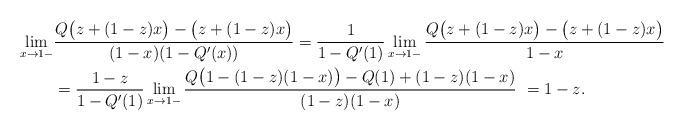
LaTeX: \begin{align*}\lim\limits_{x \rightarrow 1-}&{Q\big(z+(1-z)x\big)-\big(z+(1-z)x\big) \over (1-x)(1-Q'(x))} ={1 \over 1-Q'(1)} \lim\limits_{x \rightarrow 1-}{Q\big(z+(1-z)x\big)-\big(z+(1-z)x\big) \over 1-x} \\&={1-z \over 1-Q'(1)} \lim\limits_{x \rightarrow 1-}{Q\big(1-(1-z)(1-x)\big)-Q(1)+(1-z)(1-x) \over (1-z)(1-x)} ~=1-z.\end{align*}